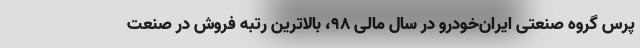
پرس گروه صنعتی ایران‌خودرو در سال مالی ۹۸، بالاترین رتبه فروش در صنعت